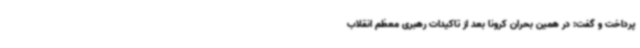
پرداخت و گفت: در همین بحران کرونا بعد از تاکیدات رهبری معظم انقلاب